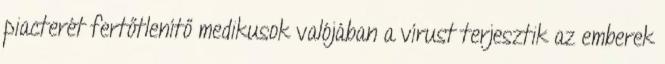
piacterét fertőtlenítő medikusok valójában a vírust terjesztik az emberek